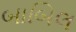
બાબિલ